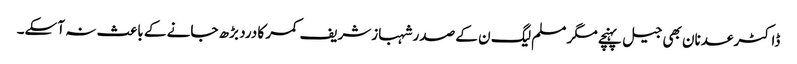
ڈاکٹر عدنان بھی جیل پہنچے مگر مسلم لیگ ن کے صدر شہبازشریف کمر کا درد بڑھ جانے کے باعث نہ آسکے۔